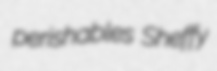
perishables Sheffy